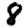
Digit: 8